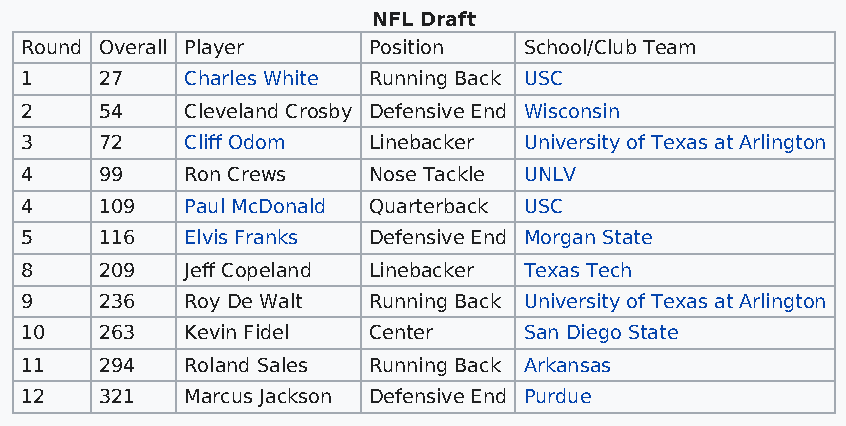
NFL Draft
 Round Overall Player   Position   School/Club Team
 1     27   Charles White Running Back USC
 2     54   Cleveland Crosby Defensive End Wisconsin
 3     72   Cliff Odom  Linebacker University of Texas at Arlington
 4     99   Ron Crews   Nose Tackle UNLV
 4     109  Paul McDonald Quarterback USC
 5     116  Elvis Franks Defensive End Morgan State
 8     209  Jeff Copeland Linebacker Texas Tech
 9     236  Roy De Walt Running Back University of Texas at Arlington
 10    263  Kevin Fidel Center     San Diego State
 11    294  Roland Sales Running Back Arkansas
 12    321  Marcus Jackson Defensive End Purdue